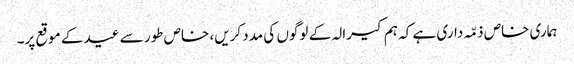
ہماری خاص ذمّہ داری ہے کہ ہم کیرالہ کے لوگوں کی مدد کریں، خاص طور سے عید کے موقع پر۔